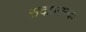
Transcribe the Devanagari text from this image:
सदाऽनन्दः